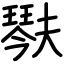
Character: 𤩍